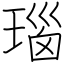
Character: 瑙